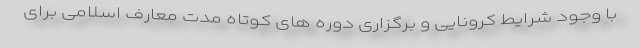
با وجود شرایط کرونایی و برگزاری دوره های کوتاه مدت معارف اسلامی برای